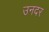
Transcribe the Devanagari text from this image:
उनदर